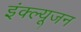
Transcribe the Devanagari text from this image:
इंक्ल्यूजन